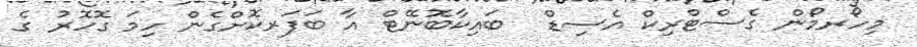
މިހޯރމޯން ގެސްޓްރިކް އެސިޑް  ބައިކާބޮނޭޓް އާ ބަފަރކޮށްގެން ހިމަ ގޮހޮރު ގެ